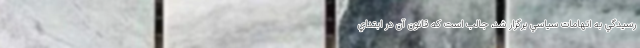
رسيدگي به اتهامات سياسي برگزار شد، جالب است كه قانون آن در ابتداي